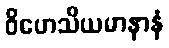
ဝိဟေသိယမာနာနံ